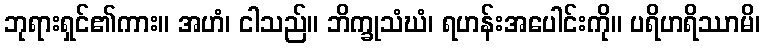
ဘုရားရှင်၏ကား။ အဟံ၊ ငါသည်။ ဘိက္ခုသံဃံ၊ ရဟန်းအပေါင်းကို။ ပရိဟရိဿာမိ၊